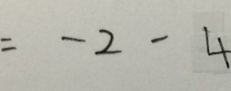
= - 2 - 4